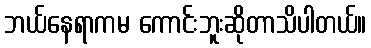
ဘယ်နေရာကမ ကောင်းဘူးဆိုတာသိပါတယ်။